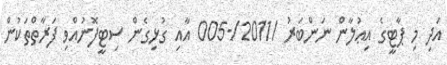
އަދި މި ޕާޓީގެ އިޢުލާން ނަންބަރު /2011/-005 އާއި ގުޅިގެން ސިޓީފޮނުއްވި ފަރާތްތަކުން